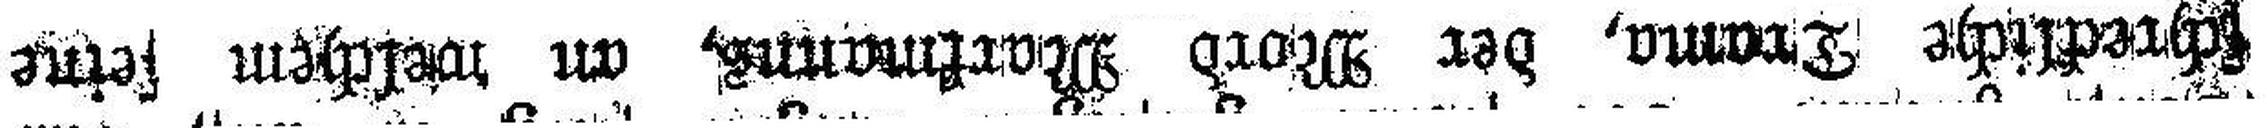
schreckliche Drama, der Mord Markmanns, an welchem seine